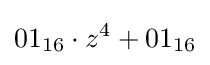
{01}_{16}\cdot z^{4}+{01}_{16}